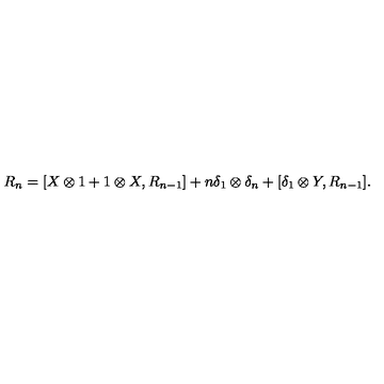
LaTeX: R _ { n } = [ X \otimes 1 + 1 \otimes X , R _ { n - 1 } ] + n \delta _ { 1 } \otimes \delta _ { n } + [ \delta _ { 1 } \otimes Y , R _ { n - 1 } ] .